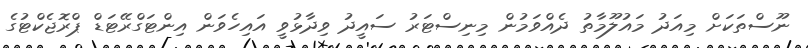
ނޫސްތަކަށް މިއަދު މައުލޫމާތު ދެއްވަމުން މިނިސްޓަރު ސައީދު ވިދާޅުވީ އައިހެވަން އިންޓަގްރޭޓަޑް ޕްރޮޖެކްޓުގެ